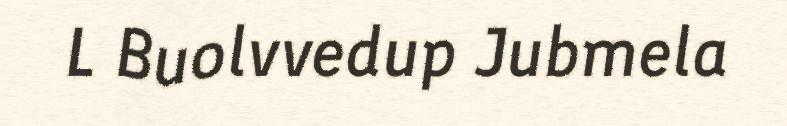
L Buolvvedup Jubmela